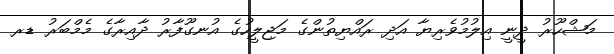
މަޝްހޫރު ދީނީ އިލުމުވެރިޔާ އަދި ރައްޔިތުންގެ މަޖިލީހުގެ އުނގޫފާރު ދާއިރާގެ މެމްބަރު ޑރ